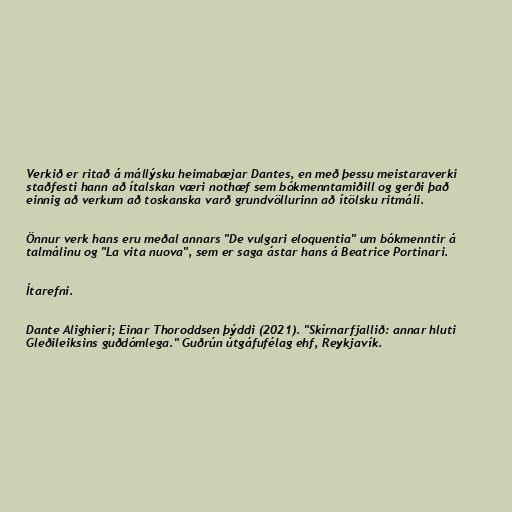
Verkið er ritað á mállýsku heimabæjar Dantes, en með þessu meistaraverki
staðfesti hann að ítalskan væri nothæf sem bókmenntamiðill og gerði það
einnig að verkum að toskanska varð grundvöllurinn að ítölsku ritmáli.

Önnur verk hans eru meðal annars "De vulgari eloquentia" um bókmenntir á
talmálinu og "La vita nuova", sem er saga ástar hans á Beatrice Portinari.

Ítarefni.

Dante Alighieri; Einar Thoroddsen þýddi (2021). "Skírnarfjallið: annar hluti
Gleðileiksins guðdómlega." Guðrún útgáfufélag ehf, Reykjavík.